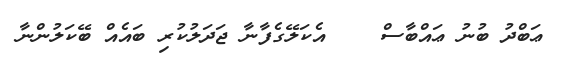
ޢަބްދު ބުނު ޢައްބާސް    އެކަލޭގެފާނާ ޖަދަލުކުރި ބައެއް ބޭކަލުންނާ